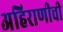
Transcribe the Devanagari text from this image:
अहिराणीची